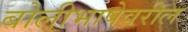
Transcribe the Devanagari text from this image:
बोलीभाषेवरील